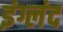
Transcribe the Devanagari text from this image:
इंग्लंद